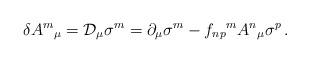
LaTeX: \begin{align*}\delta A^{m}{}_{\mu}= {\cal D}_{\mu}\sigma^{m}= \partial_{\mu}\sigma^{m}-f_{np}{}^{m}A^{n}{}_{\mu}\sigma^{p}\, .\end{align*}